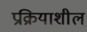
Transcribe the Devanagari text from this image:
प्रक्रियाशील